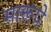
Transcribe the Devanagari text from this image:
मारूपे